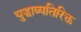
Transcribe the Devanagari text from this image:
युद्धाव्यतिरिक्त